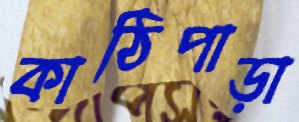
কাঠিপাড়া